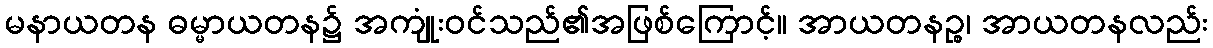
မနာယတန ဓမ္မာယတန၌ အကျုံးဝင်သည်၏အဖြစ်ကြောင့်။ အာယတနဉ္စ၊ အာယတနလည်း